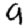
Digit: 9